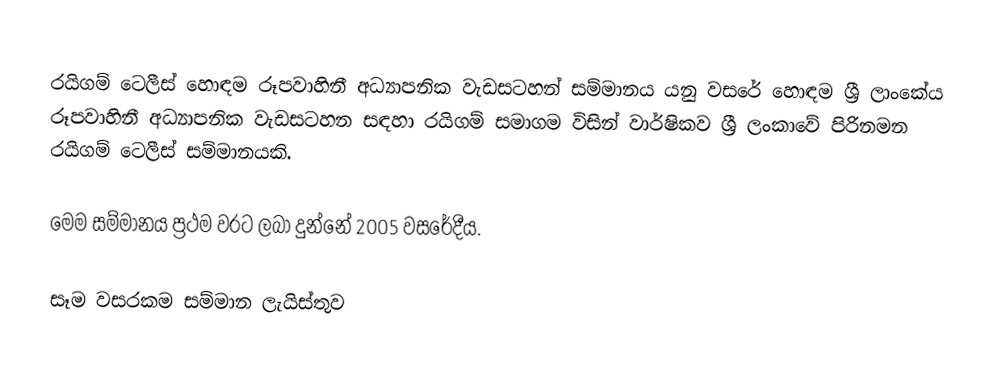
රයිගම් ටෙලීස් හොඳම රූපවාහිනී අධ්‍යාපනික වැඩසටහන් සම්මානය යනු වසරේ හොඳම ශ්‍රී ලාංකේය රූපවාහිනී අධ්‍යාපනික වැඩසටහන සඳහා රයිගම් සමාගම විසින් වාර්ෂිකව ශ්‍රී ලංකාවේ පිරිනමන රයිගම් ටෙලීස් සම්මානයකි.

මෙම සම්මානය ප්‍රථම වරට ලබා දුන්නේ 2005 වසරේදීය.

සෑම වසරකම සම්මාන ලැයිස්තුව